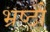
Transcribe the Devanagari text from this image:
भ्रष्टो